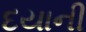
દયાની